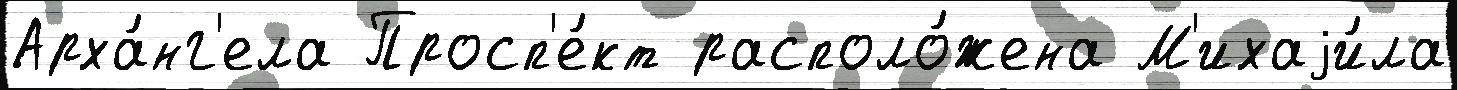
Арха́нг'ела Просп'е́кт располо́жена М'ихаjи́ла